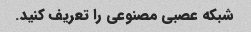
شبکه عصبی مصنوعی را تعریف کنید.